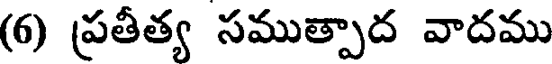
(6) ప్రతీత్య సముత్పాద వాదము